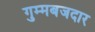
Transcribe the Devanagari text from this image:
गुम्मबजदार